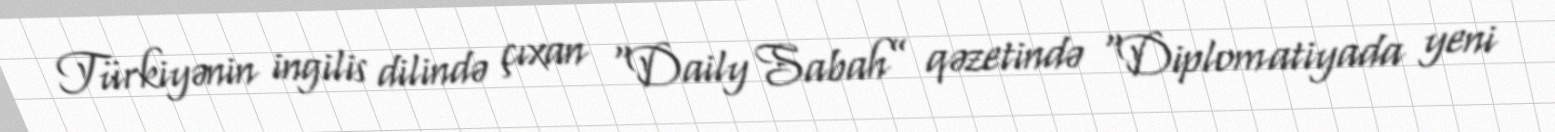
Türkiyənin ingilis dilində çıxan “Daily Sabah” qəzetində “Diplomatiyada yeni